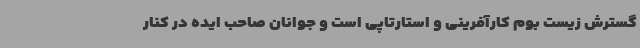
گسترش زیست بوم کارآفرینی و استارتاپی است و جوانان صاحب ایده در کنار